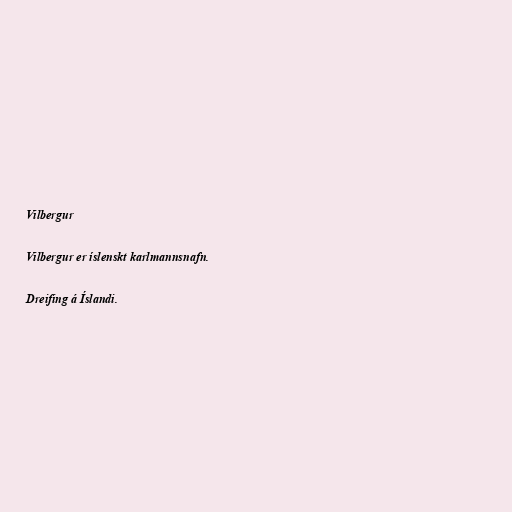
Vilbergur

Vilbergur er íslenskt karlmannsnafn.

Dreifing á Íslandi.